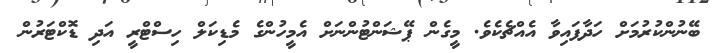
ބޭނުންކުރުމަށް ހަދާފައިވާ އެއްޗެކެވެ. މީގެން ޕޭޝަންޓުންނަށް އެމީހުންގެ މެޑިކަލް ހިސްޓްރީ އަދި ޑޮކްޓަރުން